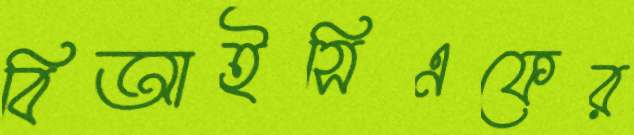
বিআইসিএফের